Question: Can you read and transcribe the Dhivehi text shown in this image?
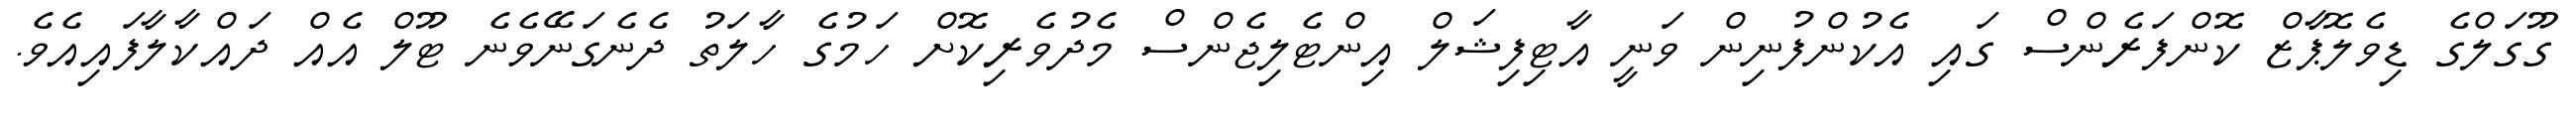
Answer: ގޫގަލްގެ ޑިވެލޮޕާޒް ކޮންފަރެންސް ގައި އެކުންފުނިން ވަނީ އާޓިފިޝަލް އިންޓެލިޖެންސް މެދުވެރިކޮށް ހަމުގެ ހާލަތު ދެނެގަނޭވެނެ ޓޫލް އެއް ދައްކާލާފައިއެވެ.